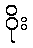
ဝိုး